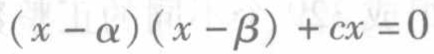
\((x - \alpha)(x - \beta)+cx = 0\)